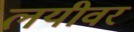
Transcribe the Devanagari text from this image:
लयीवर